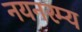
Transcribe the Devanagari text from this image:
नयनरम्‍य